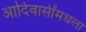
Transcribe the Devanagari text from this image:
आदिवासींमधला